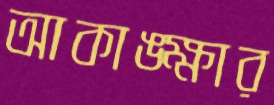
আকাঙ্ক্ষার